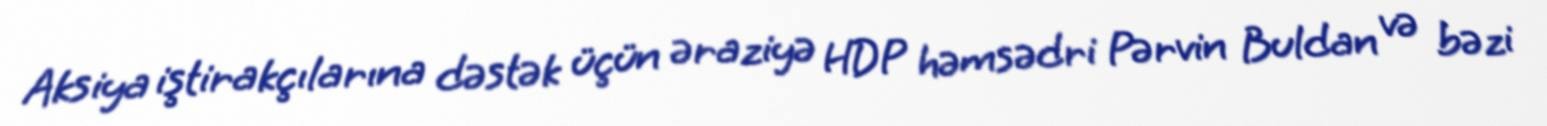
Aksiya iştirakçılarına dəstək üçün əraziyə HDP həmsədri Pərvin Buldan və bəzi